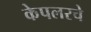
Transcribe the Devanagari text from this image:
केपलरचे